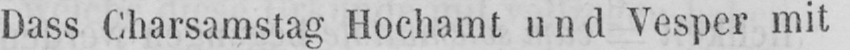
Dass Charsamstag Hochamt und Vesper mit